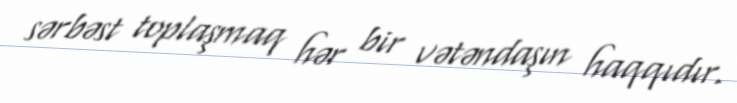
sərbəst toplaşmaq hər bir vətəndaşın haqqıdır.